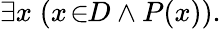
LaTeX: \exists x\; (x\! \in\! \! D\land P(x)).